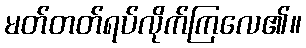
မတ်တတ်ရပ်လိုက်ကြလေ၏။